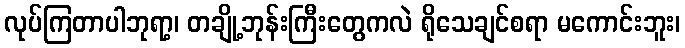
လုပ်ကြတာပါဘုရာ့၊ တချို့ဘုန်းကြီးတွေကလဲ ရိုသေချင်စရာ မကောင်းဘူး၊